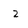
Character: z